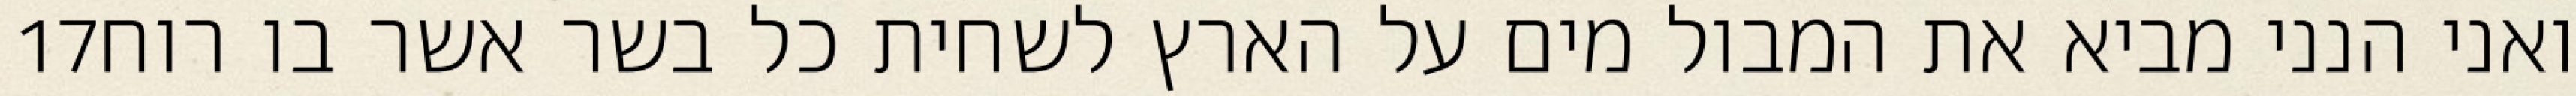
‎17‏ ואני הנני מביא את המבול מים על הארץ לשחית כל בשר אשר בו רוח